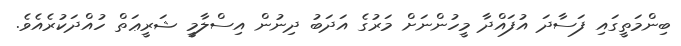
ބިންމަތީގައި ފަސާދަ އުފައްދާ މީހުންނަށް މަރުގެ އަދަބު ދިނުން އިސްލާމީ ޝަރީޢަތް ހުއްދަކުރެއެވެ.